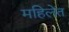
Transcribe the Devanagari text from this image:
महिलेत